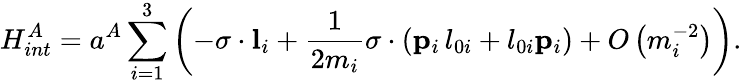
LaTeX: H_{int}^{A}=a^{A}\sum_{i=1}^{3}\left(-\sigma\cdot{\mathbf l}_{i}+\frac 1{2m_{i}}\sigma\cdot\left({\mathbf p}_{i}\, l_{0i}+l_{0i}{\mathbf p}_{i}\right)+O\left(m_{i}^{-2}\right)\right).